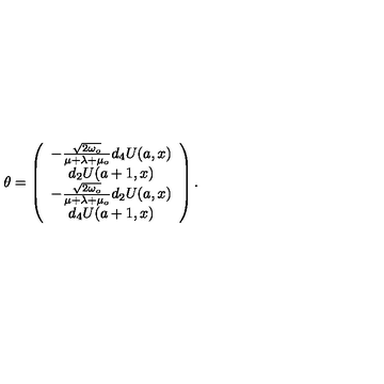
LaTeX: \theta = \left( \begin{array} { c } { - \frac { \sqrt { 2 \omega _ { o } } } { \mu + \lambda + \mu _ { o } } d _ { 4 } U ( a , x ) } \\ { d _ { 2 } U ( a + 1 , x ) } \\ { - \frac { \sqrt { 2 \omega _ { o } } } { \mu + \lambda + \mu _ { o } } d _ { 2 } U ( a , x ) } \\ { d _ { 4 } U ( a + 1 , x ) } \\ \end{array} \right) .